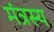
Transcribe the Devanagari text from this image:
मंत्रस्य